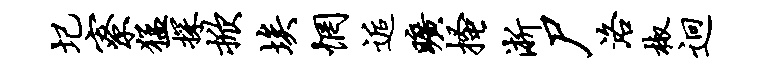
圮寮猛探掀埃惘逅旷搔淅尸洛椒迥